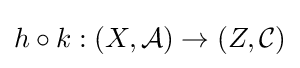
h\circ k:(X,{\mathcal {A}})\to (Z,{\mathcal {C}})